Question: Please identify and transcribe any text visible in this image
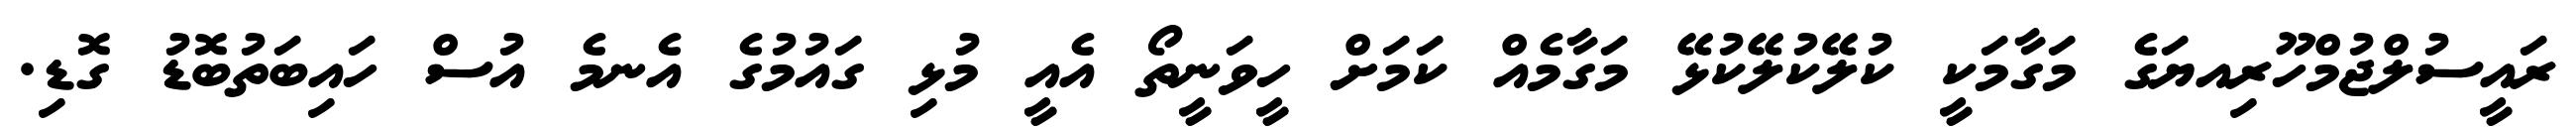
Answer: ރައީސުލްޖުމްހޫރިއޔަގެ މަގާމަކީ ކުލޭކުލޭކުޅޭ މަގާމެއް ކަމަށް ހީވަނީތޯ އެއީ މުޅި ގައުމުގެ އެނމެ އުސް ހައިބަތުބޮޑު ގޮޑި.